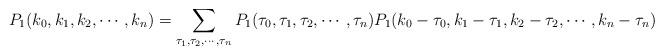
LaTeX: \begin{align*}P_1(k_0,k_1,k_2,\cdots, k_n)=\sum_{\tau_1,\tau_2,\cdots,\tau_n}P_1(\tau_0,\tau_1,\tau_2,\cdots,\tau_n)P_1(k_0-\tau_0,k_1-\tau_1,k_2-\tau_2,\cdots,k_n-\tau_n)\end{align*}